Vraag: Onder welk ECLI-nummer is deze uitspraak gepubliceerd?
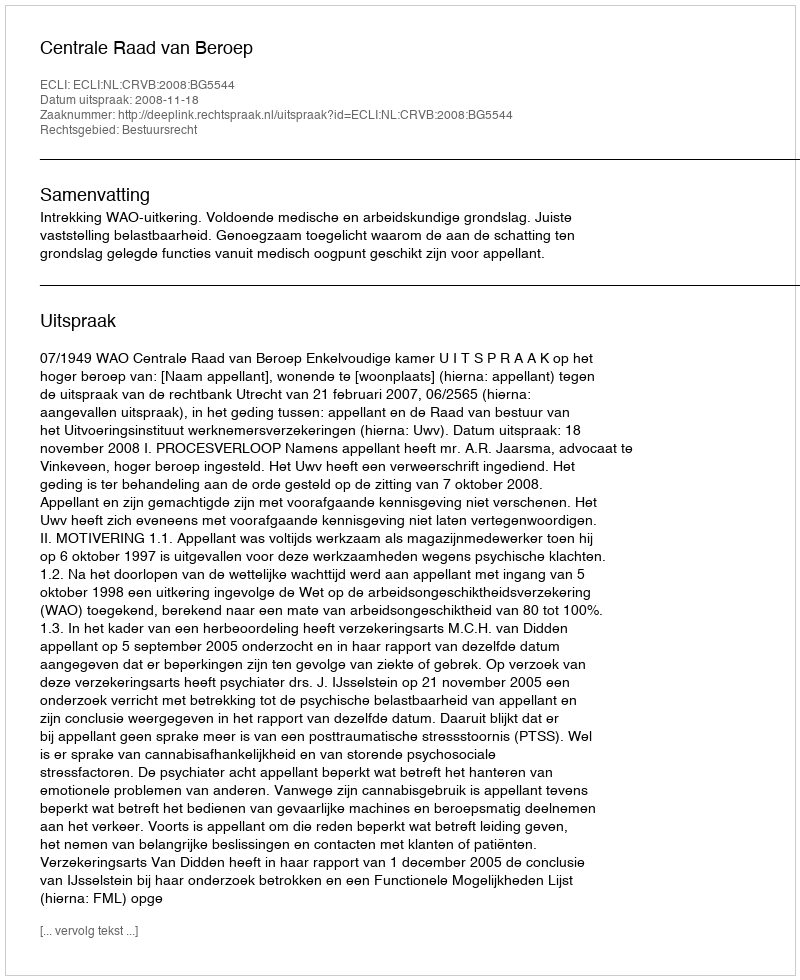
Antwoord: ECLI:NL:CRVB:2008:BG5544